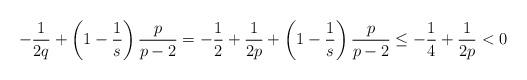
LaTeX: \begin{align*}-\frac1{2q} + \left(1 - \frac1s\right)\frac{p}{p-2} =-\frac12 +\frac1{2p}+\left(1 - \frac1s\right)\frac{p}{p-2} \le -\frac14 + \frac1{2p} < 0\end{align*}